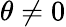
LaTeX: \theta\ne 0